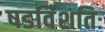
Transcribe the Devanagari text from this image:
षडविंशतिः